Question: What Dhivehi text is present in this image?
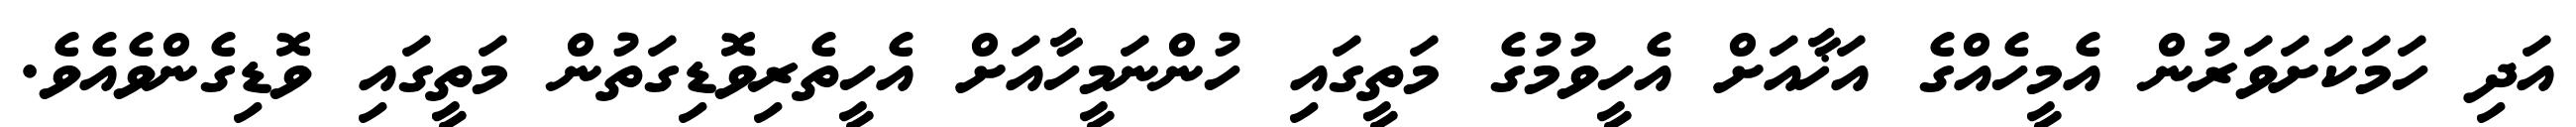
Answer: އަދި ހަމަކަށަވަރުން އެމީހެއްގެ އަޚާއަށް އެހީވުމުގެ މަތީގައި ހުންނަމީހާއަށް އެހީތެރިވޮޑިގަތުން މަތީގައި ވޮޑިގެންވެއެވެ.